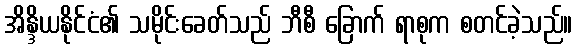
အိန္ဒိယနိုင်ငံ၏ သမိုင်းခေတ်သည် ဘီစီ ခြောက် ရာစုက စတင်ခဲ့သည်။